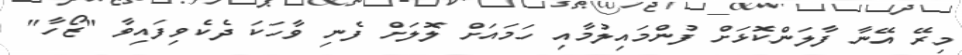
މިރޭ އޭނާ ފާލަންކޮޅަށް ފުންމައިލުމާއި ހަމައަށް ލޮލަށް ފެނި ވާހަކަ ދެކެވިފައިވާ "ޒޯހާ"